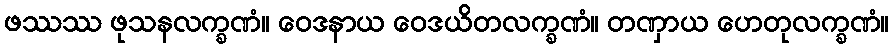
ဖဿဿ ဖုသနလက္ခဏံ။ ဝေဒနာယ ဝေဒယိတလက္ခဏံ။ တဏှာယ ဟေတုလက္ခဏံ။